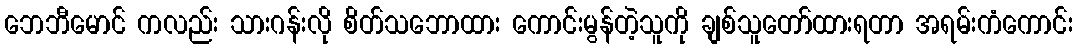
ဘေဘီမောင် ကလည်း သားဂန်းလို စိတ်သဘောထား ကောင်းမွန်တဲ့သူကို ချစ်သူတော်ထားရတာ အရမ်းကံကောင်း